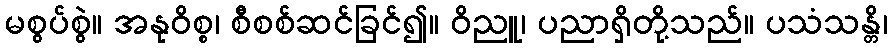
မစွပ်စွဲ။ အနုဝိစ္စ၊ စီစစ်ဆင်ခြင်၍။ ဝိညူ၊ ပညာရှိတို့သည်။ ပသံသန္တိ၊